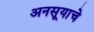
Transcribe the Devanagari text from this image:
अनसूयाचे